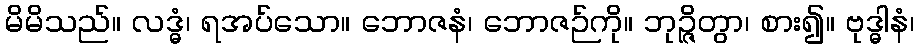
မိမိသည်။ လဒ္ဓံ၊ ရအပ်သော။ ဘောဇနံ၊ ဘောဇဉ်ကို။ ဘုဉ္ဇိတွာ၊ စား၍။ ဗုဒ္ဓါနံ၊